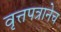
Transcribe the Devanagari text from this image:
वृत्तपत्रानेच